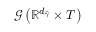
\mathcal { G } \left( \mathbb { R } ^ { d _ { \widehat { \gamma } } } \times T \right)